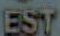
EST